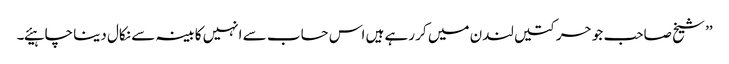
’’ شیخ صاحب جو حرکتیں لندن میں کر رہے ہیں اس حساب سے انہیں کابینہ سے نکال دینا چاہیئے۔